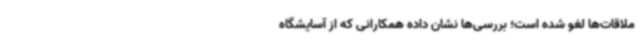
ملاقات‌ها لغو شده است؛ بررسی‌ها نشان داده همکارانی که از آسایشگاه